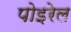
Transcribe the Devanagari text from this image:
पोइरेल